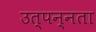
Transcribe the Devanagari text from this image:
उत्पन्नता